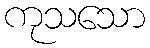
ကုသသော